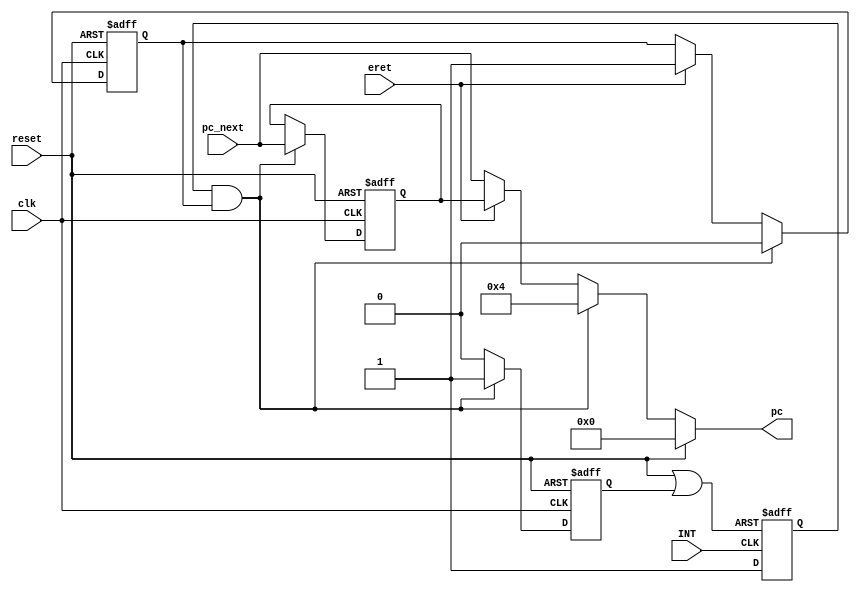
module       ARM_INT(input wire clk,
							input wire reset,
							input wire INT,
							input wire eret,
							input wire[31:0] pc_next,
							output reg [31:0] pc
							);
						
reg int_act=0,int_req_r=0,int_en=1;
reg [31:0] EPC;

	//interrupt Trigger 
		assign int_clr = reset|int_act;		//clear interrupt Request
		always @(posedge INT or 				//interrupt Request
					posedge int_clr )begin		//clear interrupt Request
			if(int_clr==1 )int_req_r<=0;		//clear interrupt Request
			else int_req_r<=1;					//set interrupt Request
		end
						
	always @(posedge clk or posedge reset ) begin	  			
			if (reset)begin EPC     <= 0; 	//EPC=32'h00000000; 
								 int_act <= 0;		
								 int_en  <= 1;	
			end 			
			else if(int_req_r & int_en)begin //int_req_r: interrupt Request reg
							EPC <= pc_next; 		//interrupt return PC
							int_act<=1;				//interrupt Service 
							int_en<=0; 				//interrupt disable
				  end
				  else begin int_act<=0; 	
						 if(eret) int_en<=1;	 	//interrupt enable if pc<=EPC;						
						 end
	end
		
		
	//PC Out	
		always @* begin
			if (reset==1)pc <= 32'h00000000; 
			else if(int_req_r & int_en )
					  pc <= 32'h00000004;		//interrupt Vector
				  else if(eret)pc <= EPC; 		//interrupt return
				       else pc <= pc_next;		//next instruction
		end

endmodule